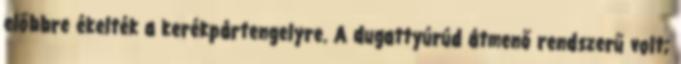
előbbre ékelték a kerékpártengelyre. A dugattyúrúd átmenő rendszerű volt;